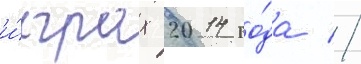
и́грах 2014 го́да //